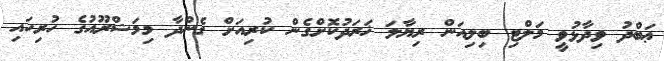
ޢަބްދު ވިދާޅުވީ މަލްޓި ބިލިއަން ރިޔާލަ ޚަރަދުކޮށްގެން ކުރިއަށް ގެންދާ މިމަޝްރޫއުގެ ހުރިހައި